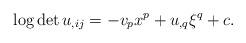
LaTeX: \begin{align*} \log\det u_{,ij}=-v_px^p+u_{,q}\xi^q+c. \end{align*}